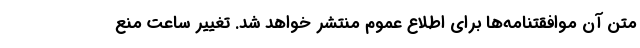
متن آن موافقتنامه‌ها برای اطلاع عموم منتشر خواهد شد. تغییر ساعت منع